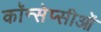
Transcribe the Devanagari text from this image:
कॉन्सेप्सीओं